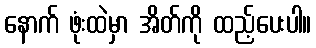
နောက် ဖုံးထဲမှာ အိတ်ကို ထည့်ပေးပါ။